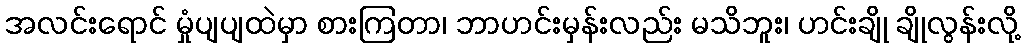
အလင်းရောင် မှုံပျပျထဲမှာ စားကြတာ၊ ဘာဟင်းမှန်းလည်း မသိဘူး၊ ဟင်းချို ချိုလွန်းလို့